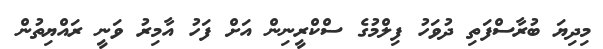
މިދިޔަ ބުރާސްފަތި ދުވަހު ފިލްމުގެ ސްކްރީނިން އަށް ފަހު އާމިރު ވަނީ ރައްޔިތުން